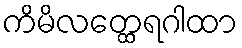
ကိမိလတ္ထေရဂါထာ